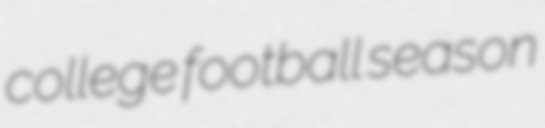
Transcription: college football season